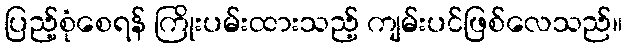
ပြည့်စုံစေရန် ကြိုးပမ်းထားသည့် ကျမ်းပင်ဖြစ်လေသည်။